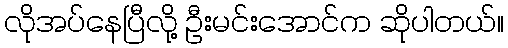
လိုအပ်နေပြီလို့ ဦးမင်းအောင်က ဆိုပါတယ်။